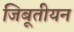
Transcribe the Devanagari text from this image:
जिबूतीयन